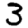
Digit: 3